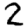
Digit: 2